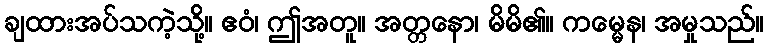
ချထားအပ်သကဲ့သို့။ ဧဝံ၊ ဤအတူ။ အတ္တနော၊ မိမိ၏။ ကမ္မေန၊ အမှုသည်။